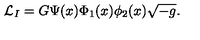
{ \cal L } _ { I } = G \Psi ( x ) \Phi _ { 1 } ( x ) \phi _ { 2 } ( x ) \sqrt { - g } .